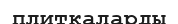
плиткаларды